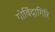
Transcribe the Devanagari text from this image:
गोविंदागिरि